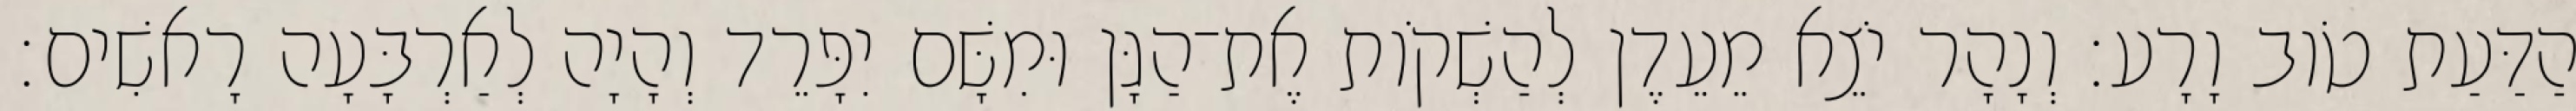
הַדַּעַת טֹוב וָרָע׃ וְנָהָר יֹצֵא מֵעֵדֶן לְהַשְׁקֹות אֶת־הַגָּן וּמִשָּׁם יִפָּרֵד וְהָיָה לְאַרְבָּעָה רָאשִׁים׃